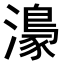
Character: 𤀴